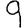
Digit: 9